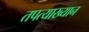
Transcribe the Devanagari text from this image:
तपत्याख्यान